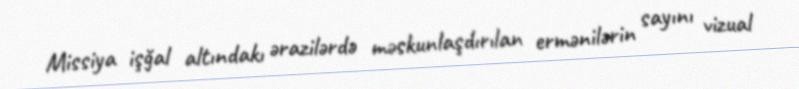
Missiya işğal altındakı ərazilərdə məskunlaşdırılan ermənilərin sayını vizual